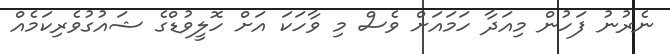
ނެރުނު ފަހުން މިއަދާ ހަމައަށް ވެސް މި ވާހަކަ އަށް ހޮލީވުޑްގެ ޝައުގުވެރިކަމެއް